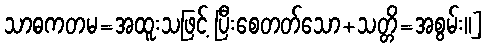
သာဓကတမ=အထူးသဖြင့် ပြီးစေတတ်သော+သတ္တိ=အစွမ်း။]